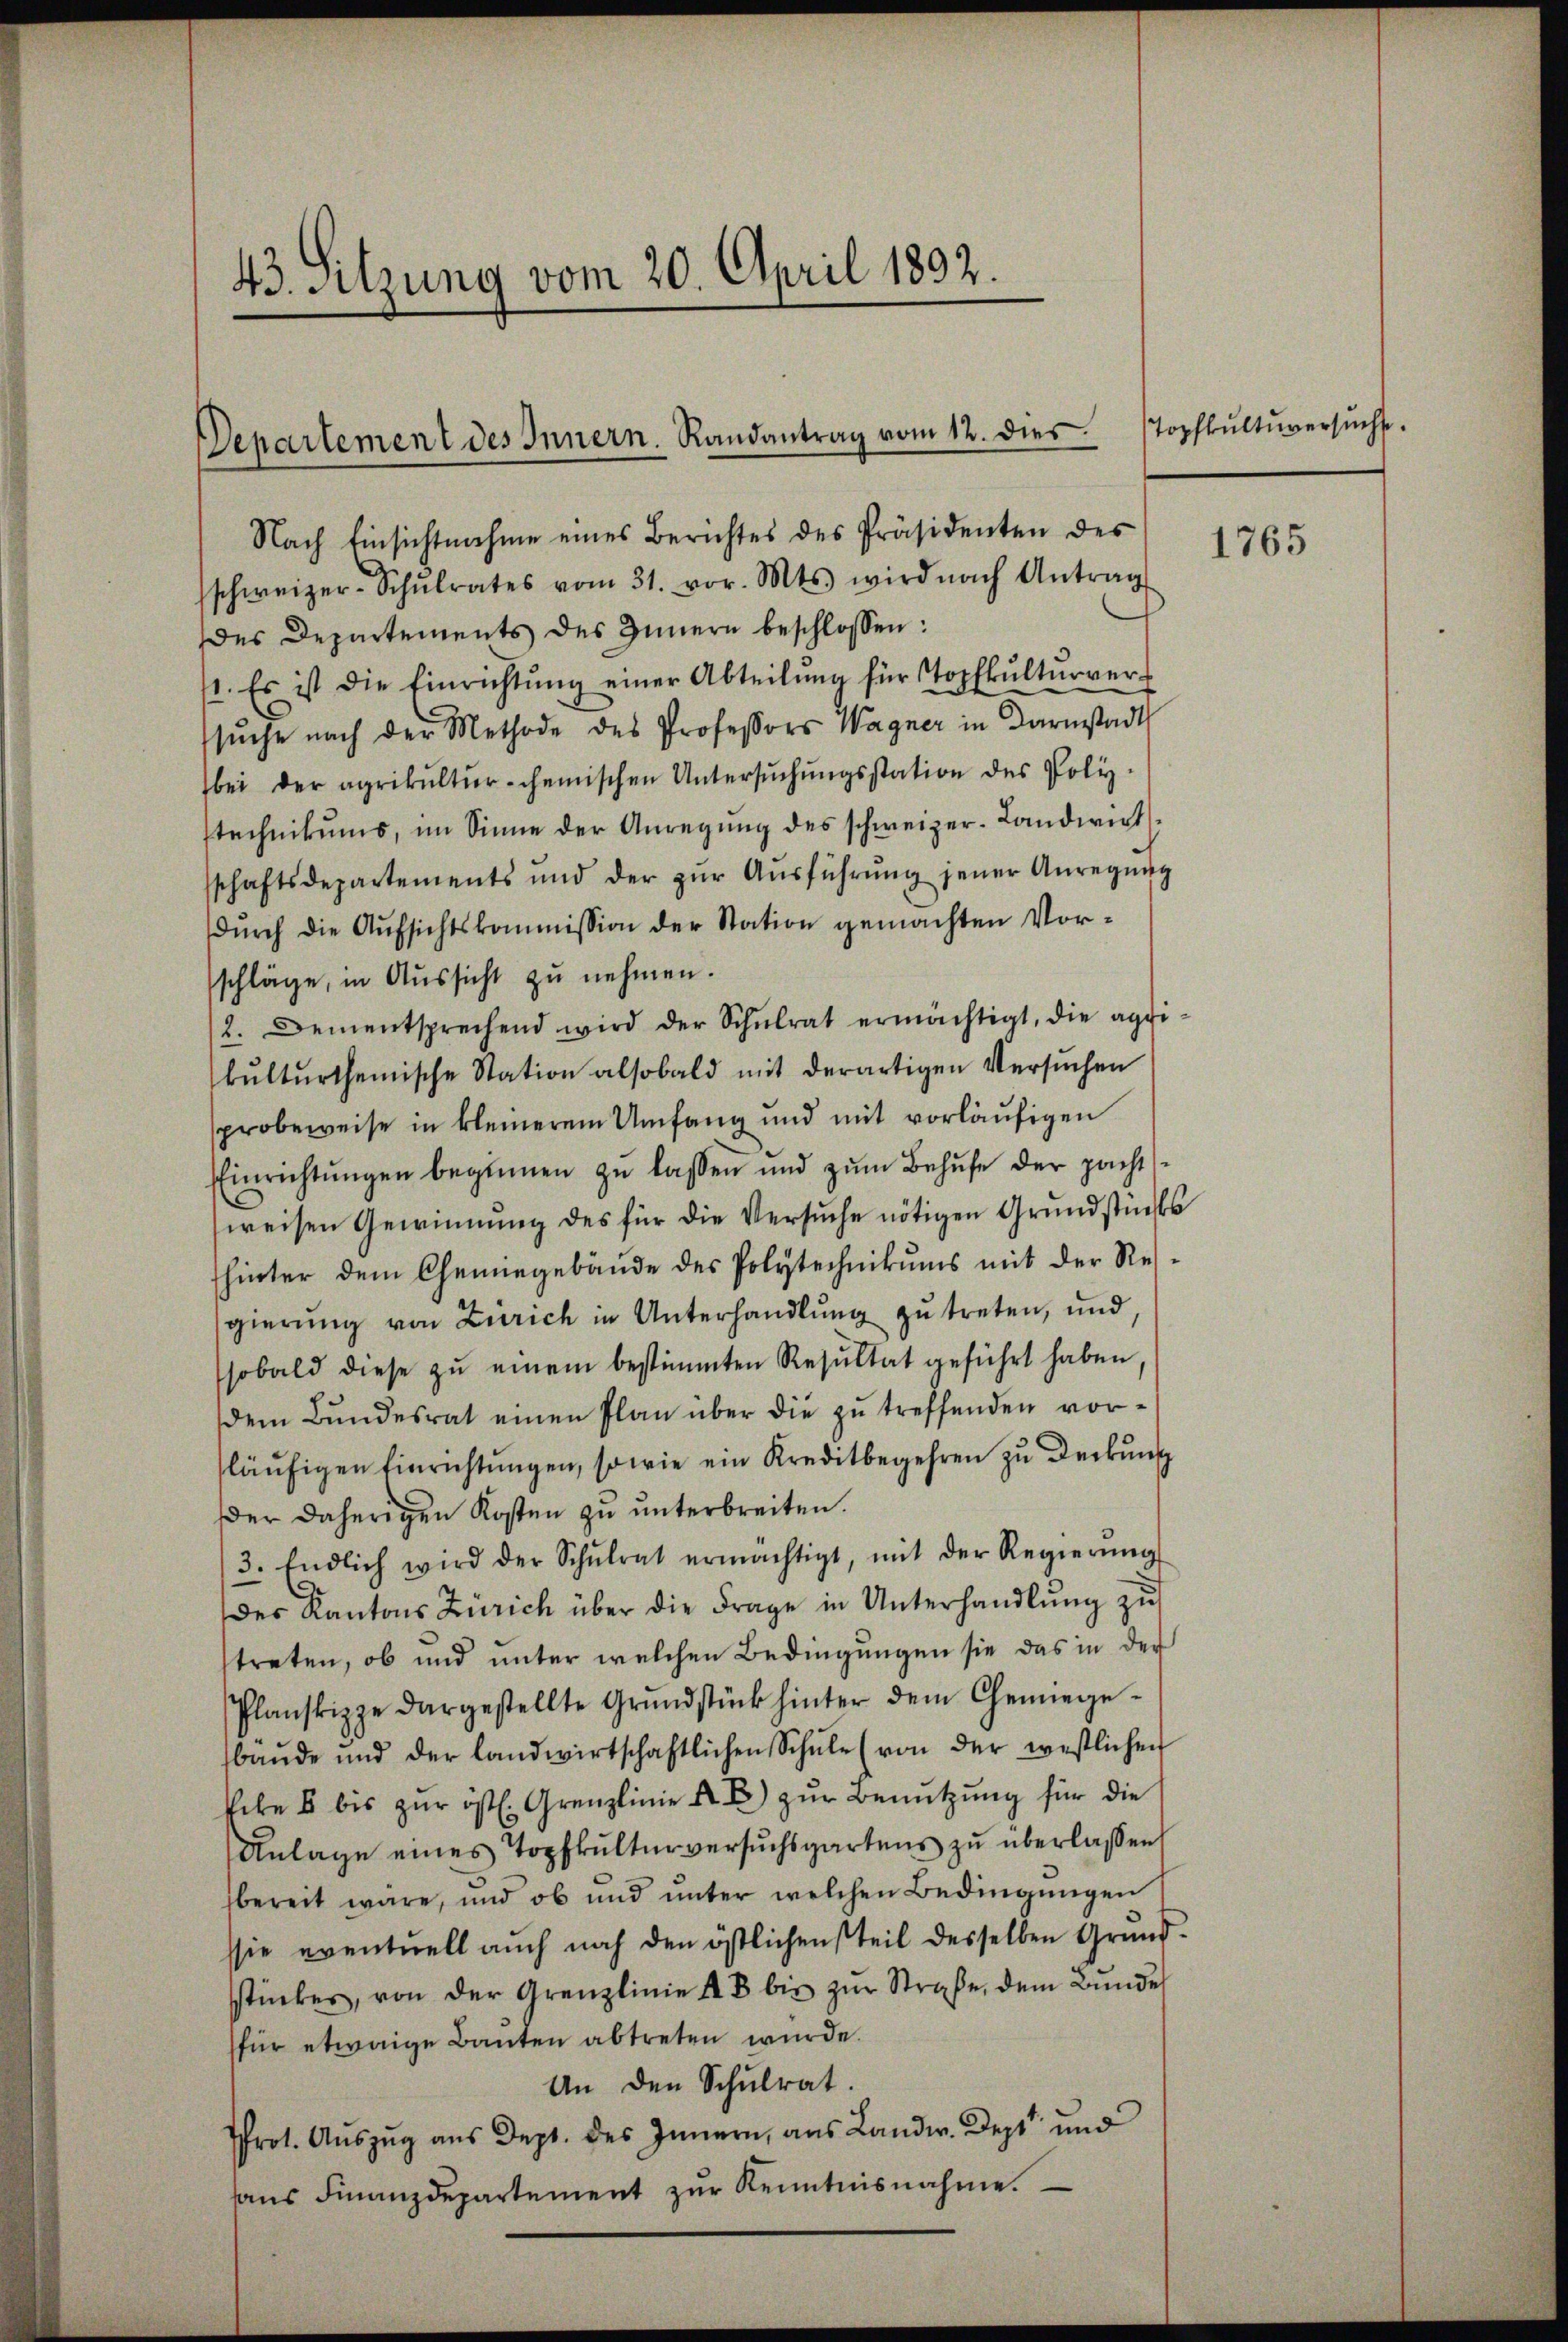
43. Sitzung vom 20. April 1892.

Departement des Innern. Randantrag vom 12. dies

Nach Einsichtnahme eines Berichtes des Präsidenten des
schweizer-Schŭlrates vom 31. vor. Mts. wird nach Antrag
des Departements des Innern beschlossen:
1. Es ist die Einrichtŭng einer Abteilŭng für Topfkŭlturver-
sŭche nach der Methode des Professors Wagner in Darmstadt
bei der agrikŭltŭr-chemischen Untersŭchŭngsstation des Poly-
stechnikums, im Sinne der Anregŭng des schweizer-Landwirt
schaftsdepartements und der zŭr Aŭsführŭng jener Anregŭng
dŭrch die Aŭfsichtskommission der Station gemachten Vor-
schläge, in Aussicht zu nehmen.
2. Dementsprechend wird der Schŭlrat ermächtigt, die aggi
bŭltŭrtheiische Station alsobald mit derartigen Versŭchen
probeweise in kleinerem Umfang und mit vorläufigen
Einrichtŭngen beginnen zŭ lassen und zŭm Behufe der pacht
weisen Gewinnung des für die Versuche nötigen Grundstücks
hinter dem Chemnegebäŭde des Polytechnikums mit der Res
gierŭng von Zürich in Unterhandlŭng zu treten, und
sobald diese zŭ einem bestimmten Resŭltat geführt haben,
dem Bŭndesrat einen Plan über die zŭ treffenden vorläŭfigen Einrichtŭngen, sowie ein Kreditbegehren zu Deckung
der daherigen Kosten zu unterbreiten.
3. Endlich wird der Schŭlrat ermächtigt, mit der Regierŭng
Der Kantons Zürich über die Frage in Unterhandlung zu
treten, ob und unter welchen Bedingungen sie das in der
Planskizze dargestellte Grŭndstück hinter dem Chemiege-
baŭde und der landwirtschaftlichen Schŭle (von der westlichen
hebe u bis zŭr östl. Grenzlinie A. E. zŭr Benutzung für die
Anlage eines Topfkulturversuchsgartens zu überlassen
bereit wäre, und ob und ŭnter welchen Bedingungen
ssie eventuell auch noch den östlichensteil desselben Grŭnd-
stückes, von der Grenzlinie 18 bis zŭr Straße, dem Bunde
sfür etwaige Bauten abtreten wurde.
An den Schŭlrat.
Prot. Auszug aus Dept. des Innern, aus Landw. Dept" und
hans Finanzdepartement zur Kenntnisnahme.

Topfkultuversucht.

1765